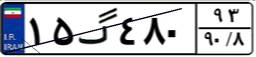
۱۵گ۴۸۰۹۳